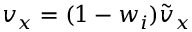
v _ { x } = ( 1 - w _ { i } ) \tilde { v } _ { x }